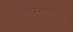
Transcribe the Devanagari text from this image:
आमनेसामनेच्या